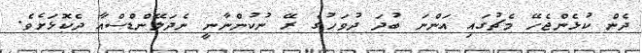
ދެން ކުޅެންޖެހޭ މެޗުގައި އަންނަ ބުދަ ދުވަހުގެ ރޭ ނުކުންނާނީ ނެދަލޭންޑްސްއާ ދެކޮޅަށެވެ.